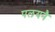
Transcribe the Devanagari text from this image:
पलयनै